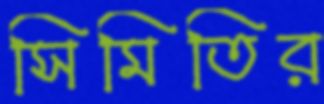
সিমিতির